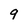
Character: 9